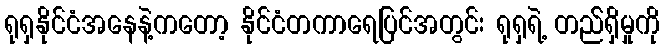
ရုရှနိုင်ငံအနေနဲ့ကတော့ နိုင်ငံတကာရေပြင်အတွင်း ရုရှရဲ့ တည််ရှိမှုကို